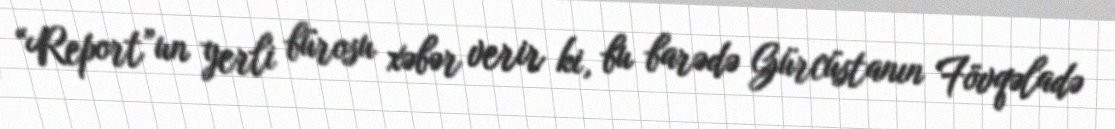
“Report”un yerli bürosu xəbər verir ki, bu barədə Gürcüstanın Fövqəladə